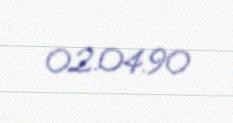
02.04.90